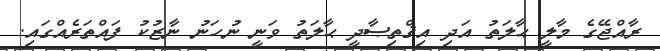
ރާއްޖޭގެ މާލީ ޙާލަތު އަދި އިޤްތިޞާދީ ޙާލަތު ވަނީ ނުހަނު ނާޒުކު ފައްތަރެއްގައި.